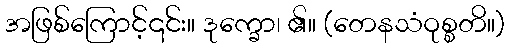
အဖြစ်ကြောင့်၎င်း။ ဒုက္ခော၊ ၏။ (တေနသံဝုစ္စတိ။)